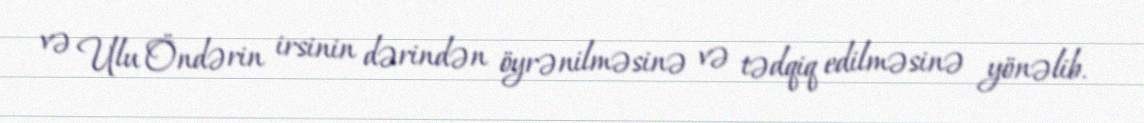
və Ulu Öndərin irsinin dərindən öyrənilməsinə və tədqiq edilməsinə yönəlib.